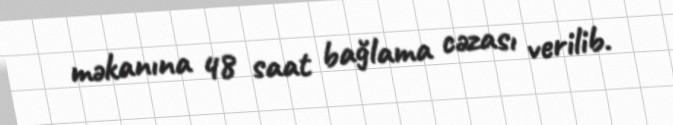
məkanına 48 saat bağlama cəzası verilib.